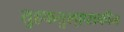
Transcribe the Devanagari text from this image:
तुहफतुल्एराकीन